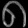
Digit: ၈